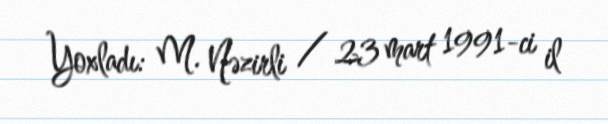
Yoxladı: M. Nəzirli / 23 mart 1991-ci il